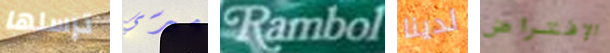
ترسلها ميرسي Rambol لدينا الإفتراض